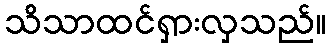
သိသာထင်ရှားလှသည်။